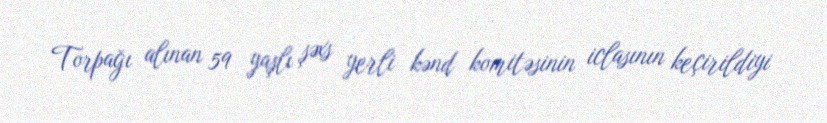
Torpağı alınan 59 yaşlı şəxs yerli kənd komitəsinin iclasının keçirildiyi